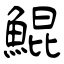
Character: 鯤